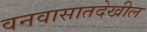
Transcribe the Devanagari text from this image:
वनवासातदेखील